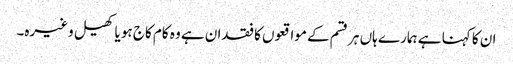
ان کا کہنا ہے ہمارے ہاں ہر قسم کے مواقعوں کا فقدان ہے وہ کام کاج ہو یا کھیل وغیرہ۔